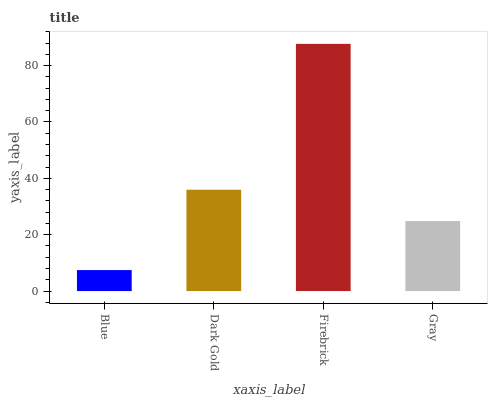
| xaxis_label | bars |
 | --- | --- |
 | Blue | 7.44 |
 | Dark Gold | 36 |
 | Firebrick | 87.7 |
 | Gray | 24.8 |